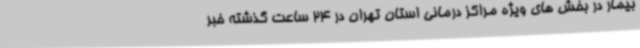
بیمار در بخش های ویژه مراکز درمانی استان تهران در 24 ساعت گذشته خبر